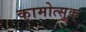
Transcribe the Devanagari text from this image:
कामोत्सुक